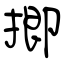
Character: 揤